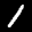
Label: 1